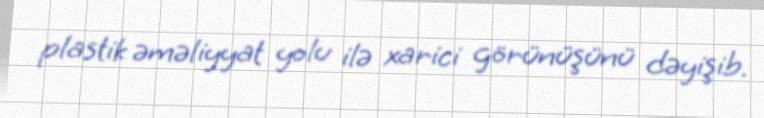
plastik əməliyyat yolu ilə xarici görünüşünü dəyişib.